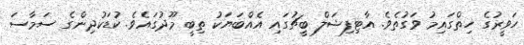
ހަވީރުގެ ހިތްގައިމު ވަގުތެވެ. އާޓިފިޝަލް ބީޗުގައި އެއްބަޔަކު ތިބީ މޫދުގައެވެ. ކުޑަކުދިންގެ ސަމާސަ